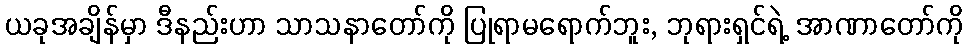
ယခုအချိန်မှာ ဒီနည်းဟာ သာသနာတော်ကို ပြုရာမရောက်ဘူး, ဘုရားရှင်ရဲ့ အာဏာတော်ကို